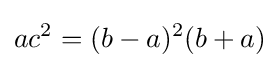
ac^{2}=(b-a)^{2}(b+a)